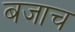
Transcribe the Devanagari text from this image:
बजाच